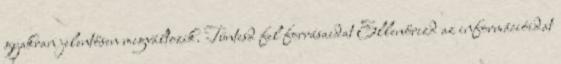
gyakran jelentősen megváltozik. Tüntesd fel forrásaidat Ellenőrizd az információidat